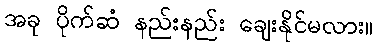
အခု ပိုက်ဆံ နည်းနည်း ချေးနိုင်မလား။